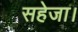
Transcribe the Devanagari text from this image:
सहेजा।